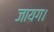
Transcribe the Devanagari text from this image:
जायग।